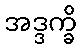
အဒ္ဒက္ခိ